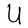
Character: U